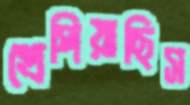
খেপিয়াছিস